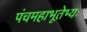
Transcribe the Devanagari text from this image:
पंचमहाभूतेभ्यः